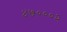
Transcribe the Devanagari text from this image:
४७०००२